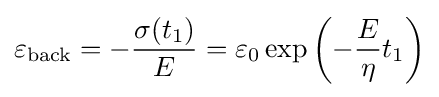
\varepsilon _{\mathrm {back} }=-{\frac {\sigma (t_{1})}{E}}=\varepsilon _{0}\exp \left(-{\frac {E}{\eta }}t_{1}\right)